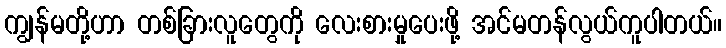
ကျွန်မတို့ဟာ တစ်ခြားလူတွေကို လေးစားမှုပေးဖို့ အင်မတန်လွယ်ကူပါတယ်။